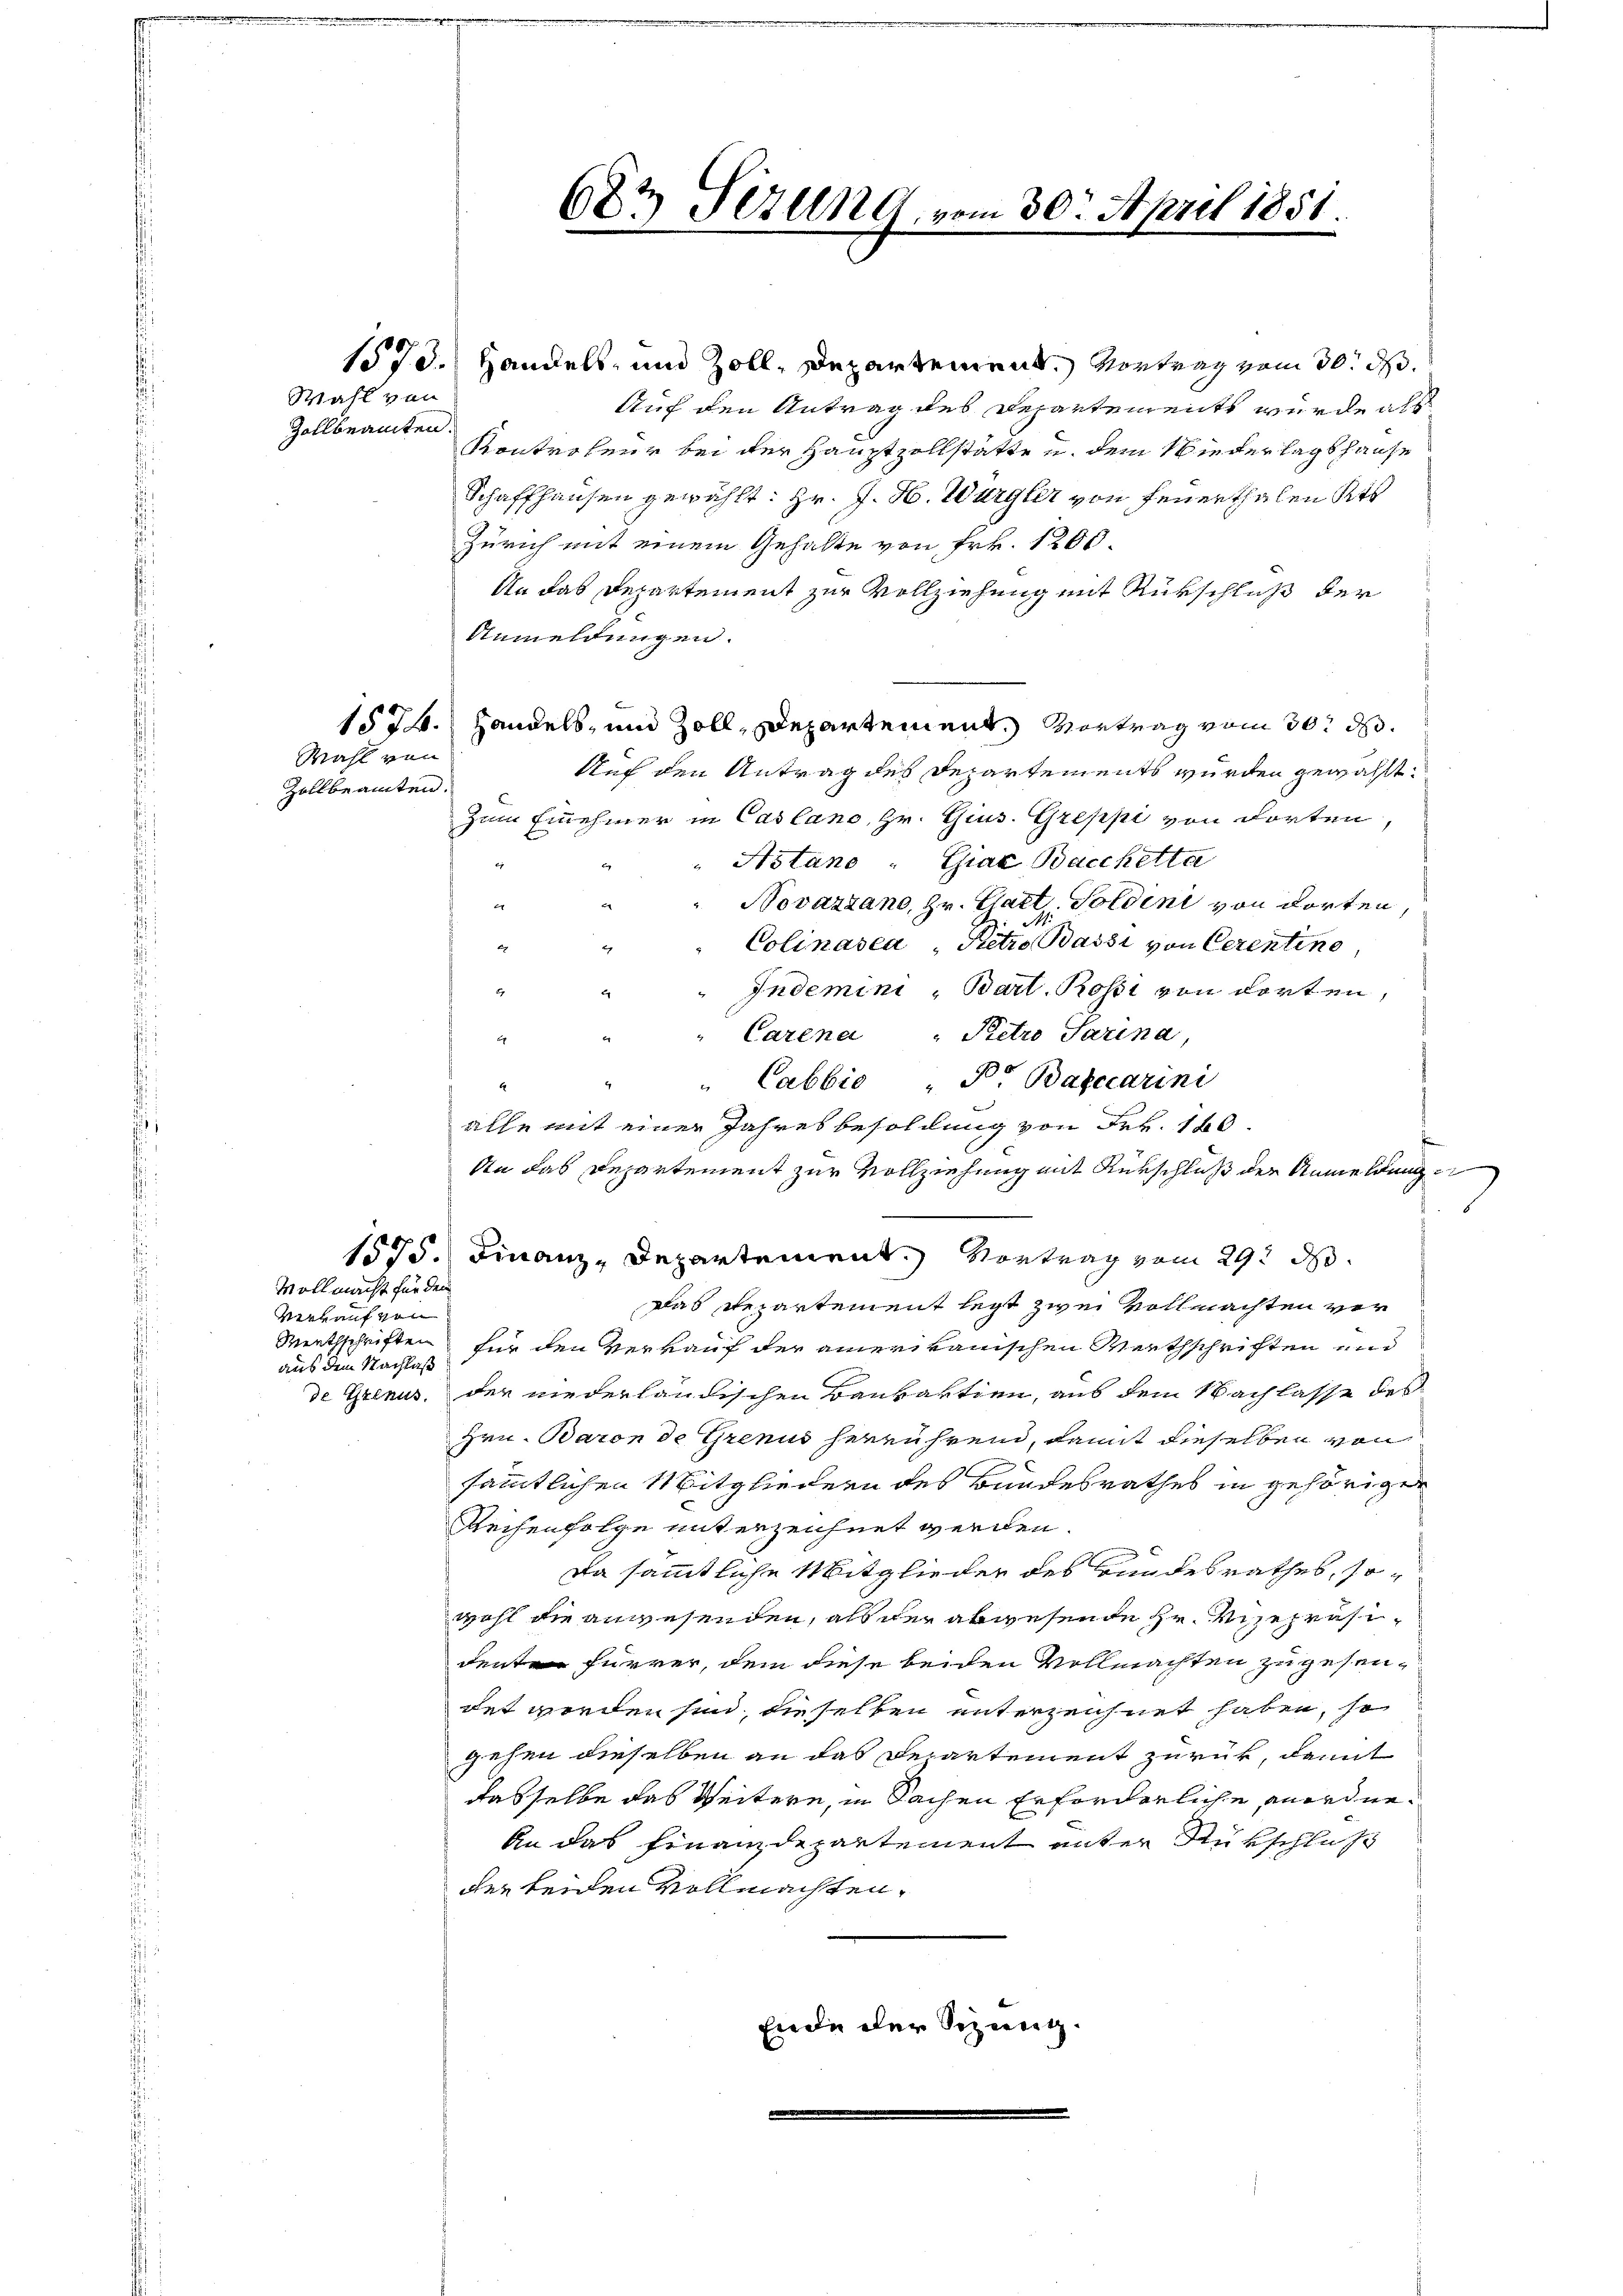
Wahl von
Zollbeamten.

Wahl von

Zollbeamten.

Vollmacht für den

Verkauf von
Werthschriften
aus dem Nachlaß

1573. Handels- und Zoll, Departement. Vortrag vom 30. d.
Auf den Antrag des Departements wurde als
Kontroleur bei der Hauptzollstätte u. dem Wiederlagshause
Schaffhausen gewählt: Hr. J. H. Würgler von Feuerthalen Kts
Zürich mit einem Gehalte von Frk. 1200.
An das Departement zur Vollziehung mit Rükschluß der
Anmeldungen.
1574. Handels, und Zoll, Departement. Vortrag vom 30. d.
Auf den Antrag des Departements wurden gewählt:
Zum Einnehmer in Casland, Hr. Gius. Greppe von dorten,
i
Astano Giae Bacchetta
e
Novazzano, Hr. Cartz, Solden von dorten
e
Colinasca, Pietro Bassi von Cerentino
tg
g
Indemini - Barl. Rost von dorten,
2
a
Carena, Pietro Parina,
.
"Cabbio Do Bafecarini
4
4
alle mit einer Jahresbesoldung von Frk. 120.
t
An das Repartement zur Vollziehung mit Verschluß der Anmeldung
1575. Finanz-Departement. Vortrag vom 29. ds.
Das Repartement leist zwei vollmachten verfür den Verkauf der amerikanischen Werthschrichten und
de Grenus, der niederländischen Baukaktien, aus dem Nachlasse des
Hrn. Baron de Grenus herrührend, damit dieselben von
sämmtlichen Mitgliedern des Bundesrathes in gehörigen
Reihenfolge unterzeichnet werden.
da sämmtliche Mitglieder des Bundesrathes, sowohl die anwesenden, als der abwesende Hr. Vizepräsiden Furrer, dem diese beiden Vollmachten zu gesendet worden sind, dieselben unterzeichnet haben, so
gehen dieselben an das Departement zurück, damit
dasselbe das Weitere, in Sachen Erforderliche anordne¬
An das Finanzdepartement unter Rückschluß
der beiden Vollmachten.
wiede der Schweig
e

687 Sezung, vom 30. April 1851.